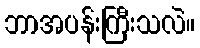
ဘာအပန်းကြီးသလဲ။